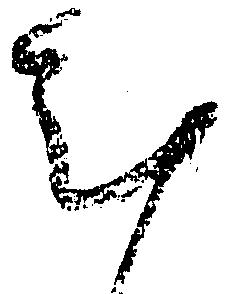
計